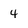
Character: 4